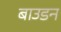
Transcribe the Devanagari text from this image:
बाउडन